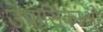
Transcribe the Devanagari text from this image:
उपासिकाओं